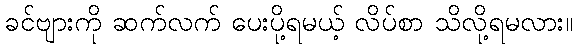
ခင်ဗျားကို ဆက်လက် ပေးပို့ရမယ့် လိပ်စာ သိလို့ရမလား။